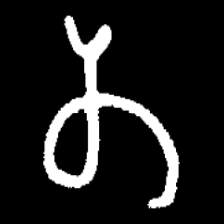
Pyu character \u2014 Myanmar letter: တ (romanized: ta)